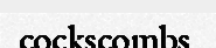
cockscombs